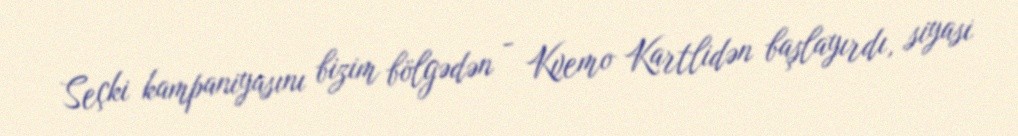
Seçki kampaniyasını bizim bölgədən - Kvemo Kartlidən başlayırdı, siyasi